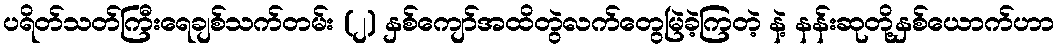
ပရိတ်သတ်ကြီးရေချစ်သက်တမ်း (၂) နှစ်ကျော်အထိတွဲလက်တွေမြဲခဲ့ကြတဲ့ နဲ့ နန်းဆုတို့နှစ်ယောက်ဟာ